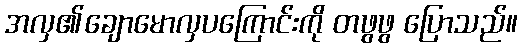
အလှ၏ချောမောလှပကြောင်းကို တဖွဖွ ပြောသည်။